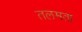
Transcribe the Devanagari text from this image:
तलमता